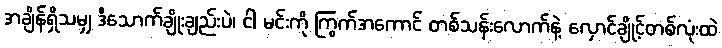
အချိန်ရှိသမျှ ဒီသောက်ချိုးချည်းပဲ၊ ငါ မင်းကို ကြွက်အကောင် တစ်သန်းလောက်နဲ့ လှောင်ချိုင့်တစ်လုံးထဲ